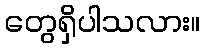
တွေရှိပါသလား။